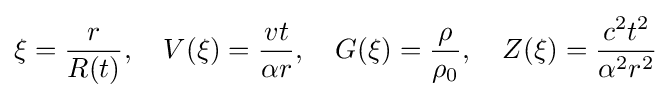
\xi ={\frac {r}{R(t)}},\quad V(\xi )={\frac {vt}{\alpha r}},\quad G(\xi )={\frac {\rho }{\rho _{0}}},\quad Z(\xi )={\frac {c^{2}t^{2}}{\alpha ^{2}r^{2}}}